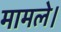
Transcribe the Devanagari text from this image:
मामले।